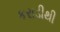
કરાડીથી